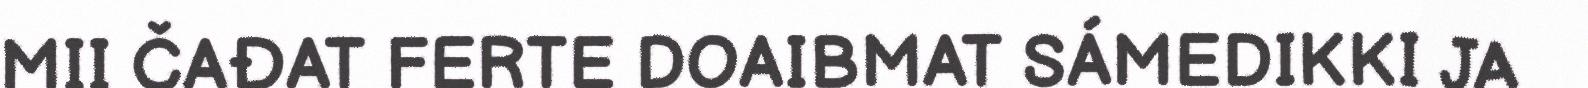
MII ČAĐAT FERTE DOAIBMAT SÁMEDIKKI JA